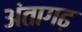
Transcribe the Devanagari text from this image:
अंतागढ़